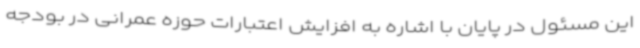
این مسئول در پایان با اشاره به افزایش اعتبارات حوزه عمرانی در بودجه